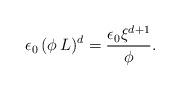
LaTeX: \begin{align*} \epsilon_0\,(\phi \,L)^d=\frac{\epsilon_0 \xi^{d+1}}{\phi}.\end{align*}